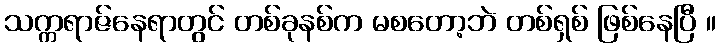
သက္ကရာဇ်နေရာတွင် တစ်ခုနစ်က မစတော့ဘဲ တစ်ရှစ် ဖြစ်နေပြီ ။